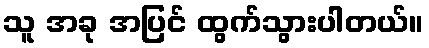
သူ အခု အပြင် ထွက်သွားပါတယ်။